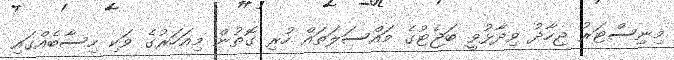
މިނިސްޓަރު ޖިހާދު ވިދާޅުވީ ބަޖެޓުގެ މައްސަލަތައް ހުރި ގޮތުން މިއަހަރުގެ ވަކި ހިސާބެއްގައި